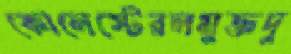
কোলেস্টেরলমুক্তদু